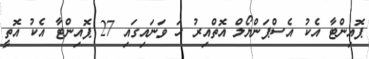
ޕޮއިންޓާ އެކު އެސްޕަންޔޯލް އޮތްއިރު ހަ ވަނައިގައި 27 ޕޮއިންޓާ އެކު އޮތީ